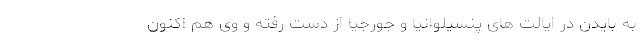
به بایدن در ایالت های پنسیلوانیا و جورجیا از دست رفته و وی هم اکنون